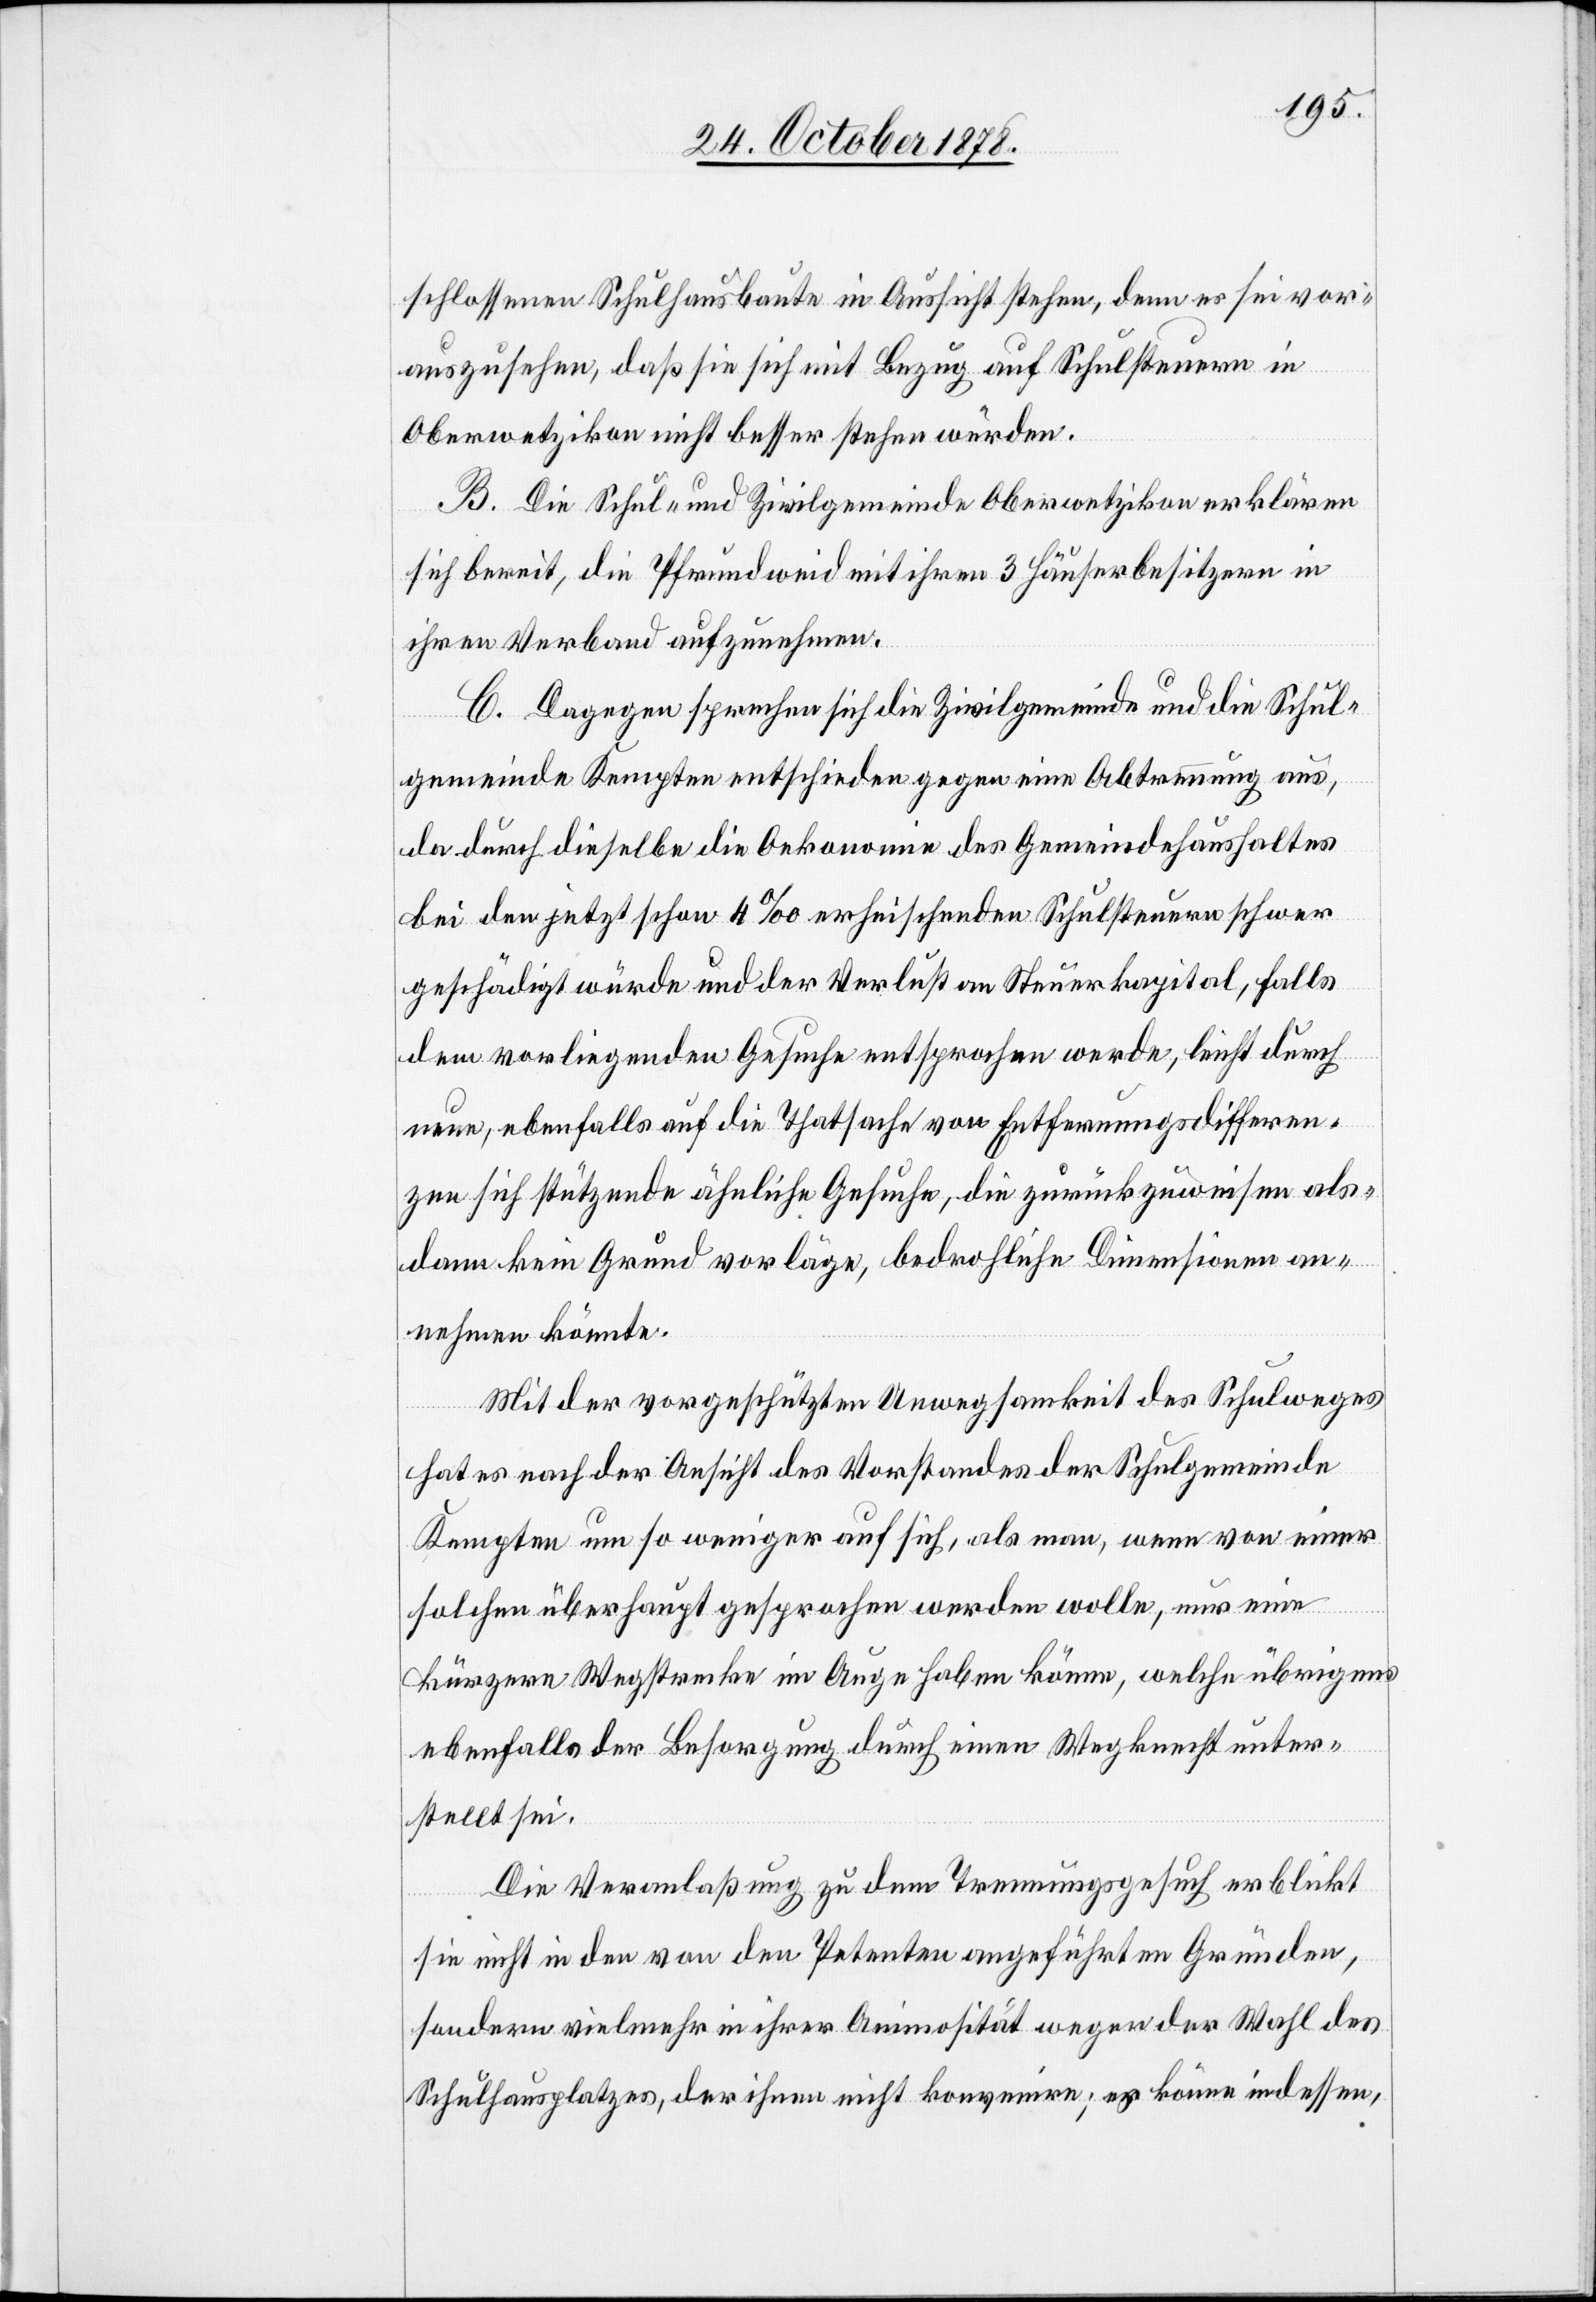
schlossenen Schulhausbaute in Aussicht stehen, denn es sei vor¬
auszusehen, daß sie sich mit Bezug auf Schulsteuern in
Oberwetzikon nicht besser stellen würden.
B. Die Schul- und Zivilgemeinde Oberwetzikon erklären
sich bereit, die Pfrundweid mit ihren 3 Häuserbesitzern in
ihren Verband aufzunehmen.
C. Dagegen sprechen sich die Zivilgemeinde und die Schul¬
gemeinde Kempten entschieden gegen eine Abtrennung aus,
da durch dieselbe die Oekonomie des Gemeindehaushalts
bei den jetzt schon 4‰ erheischenden Schulsteuern schwer
geschädigt würde und der Verlust an Steuerkapital, falls
dem vorliegenden Gesuche entsprochen werde, leicht durch
neue, ebenfalls auf die Thatsache von Entfernungsdifferen¬
zen sich stützende ähnliche Gesuche, die zurückzuweisen als¬
dann kein Grund vorläge, bedrohliche Dimensionen an¬
nehmen könnte.
Mit der vorgeschützten Unwegsamkeit des Schulweges
hat es nach der Ansicht des Vorstandes der Schulgemeinde
Kempten um so weniger auf sich, als man, wenn von einer
solchen überhaupt gesprochen werden wolle, nur eine
kürzere Wegstrecke im Auge haben könne, welche übrigens
ebenfalls der Besorgung durch einen Wegknecht unter¬
stellt sei.
Die Veranlaßung zu dem Trennungsgesuch erblickt
sie nicht in den von den Petenten angeführten Gründen,
sondern vielmehr in ihrer Animosität wegen der Wahl des
Schulhausplatzes, der ihnen nicht konvenire; es könne indessen,